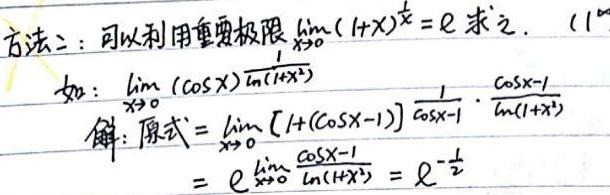
方法二：可以利用重要极限\(\lim_{x \to 0}(1 + x)^{\frac{1}{x}} = e\)求之. (\(1^{\infty}\))

如：\(\lim_{x \to 0}(\cos x)^{\frac{1}{\ln(1 + x^{2})}}\)

解：原式\(=\lim_{x \to 0}[1 + (\cos x - 1)]^{\frac{1}{\cos x - 1}\cdot\frac{\cos x - 1}{\ln(1 + x^{2})}}\)
\(=e^{\lim_{x \to 0}\frac{\cos x - 1}{\ln(1 + x^{2})}} = e^{-\frac{1}{2}}\)